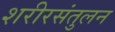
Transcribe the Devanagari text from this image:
शरीरसंतुलन